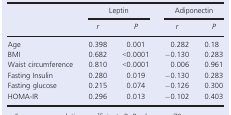
| <ROWSPAN=2>  | <COLSPAN=2> Leptin | <COLSPAN=2> Adiponectin |
 | r | P | r | P |
 | --- | --- | --- | --- | --- |
 | Age | 0.398 | 0.001 | 0.282 | 0.18 |
 | BMI | 0.682 | <0.0001 | −0.130 | 0.283 |
 | Waist circumference | 0.810 | <0.0001 | 0.006 | 0.961 |
 | Fasting Insulin | 0.280 | 0.019 | −0.130 | 0.283 |
 | Fasting glucose | 0.215 | 0.074 | −0.126 | 0.300 |
 | HOMA‐IR | 0.296 | 0.013 | −0.102 | 0.403 |